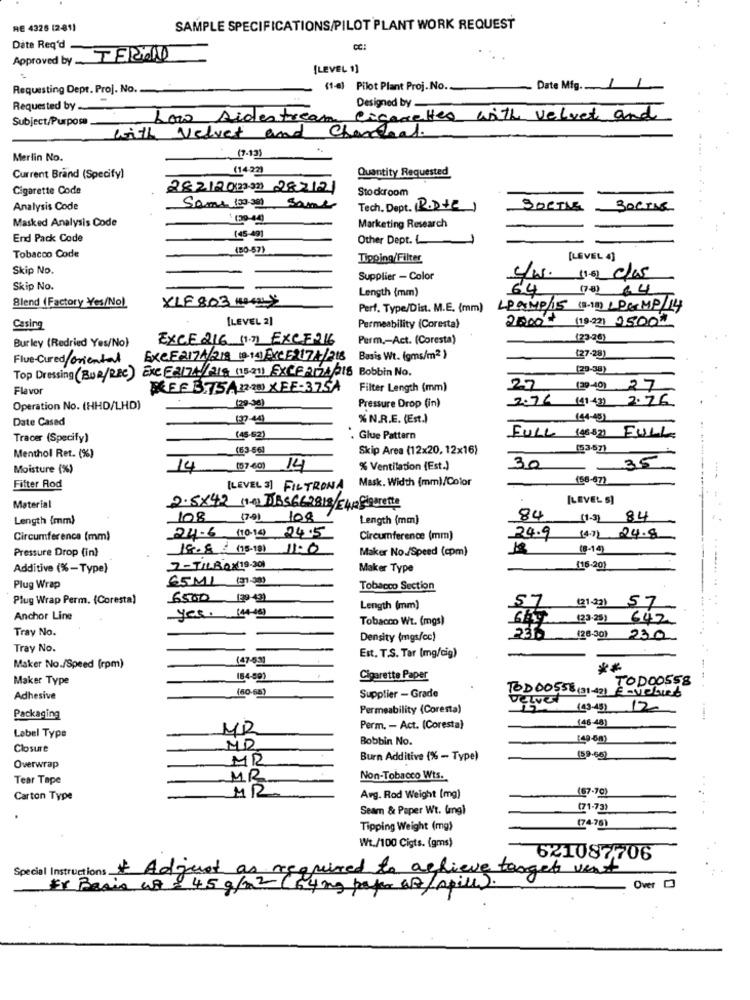
RE 4325 (2-81)
SAMPLE SPECIFICATIONS/PILOT PLANT WORK REQUEST
Date Req'd -
Approved by TERial
[LEVEL 1]
Requesting Dept. Proj. No.
(1-a) Pilot Plant Proj.No.
Date Mig ... /
Requested by-
Designed by
Subject/Purpose.
Low sidestream
Cigarettes with velvet and
with Velvet and Chanceal.
Merlin No.
(7-13)
(14-22)
Quantity Requested
Current Brand (Specify)
Cigarette Code
282120(2333) 282121
Stockroom
Analysis Code
Same 10039 same
Tech. Dept. (RODZE)
SORTIE
30015
Masked Analysis Code
Marketing Research
End Pack Code
(45-401
Other Dept. L
(80-57)
Tobacco Code
Tipping/Filter
[LEVEL 4]
Skip No.
Supplier - Color
c/w. 11.62 das
Skip No.
Length (mm)
64
79:04
Blend (Factory Yes/No)
XLF 803 HOLY
Perf. Type/Dist. M.E. (mm)
LAMPIS (8-1) & PEMP/14
[LEVEL 2]
2.000€ (1822) 2500M
Casing
Permeability (Coresta)
Burley (Redried Yes/No)
EXCE 216 (1.7) EXCE-16
Perm ,- Act. (Coresta)
(23-26)
Flue-Cured oriental
EXCE2174/218 18.11) EXCE917/+1218 Basis Wt. (gms/m2)
(27-28)
Top Dressing (BUR/REC) EXCE2174/218 (15211 EXCE 2124/215 Bobbin No.
(20-38)
Flavor
REF 3.75A220 XFF-375A
Filter Length (mm)
27
(39-40) 27
Pressure Drop (in)
2076 (1+3) 2.76
Operation No. (HHD/LHD)
(29-30)
Date Cased
137-4]
%N.R.E. (Est.)
(44-45)
Tracer (Specify)
(45-62)
Glue Pattern
FULL 148-330 FULL
(53-56]
Skip Area (12x20, 12x16)
(53-67)
Menthol Ret. (%)
35
-
Moisture (%)
14
(87-60) 14
% Ventilation (Est.)
30
Mask. Width (mm)/Color
150-07
Filter Rod
[LEVEL 3] FILTRONA
[LEVEL 5]
Material
2.5x42 (e) DBS662818/E4p Giadrette
Length (mm)
Length (mm)
84
1.3]84
24-6 (1019 24.5
Circumference (mm)
Circumference (mm)
24.9 14.1) 24.8
Pressure Drop (in)
18.8 (15-18) 11:0
Maker No./Speed (com)
₡8-14
Additive (%-Type)
7-TILBOX(19.301
Maker Type
(16-20)
65ML (37-30)
Plug Wrap
Tobacco Section
Plug Wrap Perm. (Coresta)
6500 (2º 421
4 4
Length (mm)
Anchor Line
yes. (4-9
Tobacco Wt. (mgs)
(23.25) 642
Tray No.
Density (mgs/cc)
236
(28-30) 230
Tray No.
(47-63)
Est. T.S. Tar (mg/cig)
Maker No./Speed (rpm)
Maker Type
154-89)
Cigarette Paper
, TODO0558
(60-68)
TOD00558(31-42) E-veluet
Adhesive
Supplier - Grade
velvet
Permeability (Coresta)
(43-45) 120
Packaging
MR
Perm. - Act. (Coresta)
146-48]
Label Type
Bobbin No.
Closure
MR
Burn Additive (% - Type)
(59-66)
Overwrap
Tear Tape
MR
Non-Tobacco Wts.
MR
(67-70)
Carton Type
Arg. Rod Weight (mg)
Seam & Paper Wt. (mg)
(71-73)
Tipping Weight (mg)
(74-75)
Wt./100 Cigts. (gms)
621087706
Special Instructions * Adjust as required to achieve target verst
Fr Basis af £ 45 g/m2 (64 mg paper as/spill).
Over 0